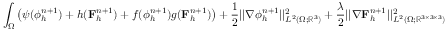
\int _ { \Omega } \left( \psi ( \phi _ { h } ^ { n + 1 } ) + h ( \mathbf { F } _ { h } ^ { n + 1 } ) + f ( \phi _ { h } ^ { n + 1 } ) g ( \mathbf { F } _ { h } ^ { n + 1 } ) \right) + \frac { 1 } { 2 } | | \nabla \phi _ { h } ^ { n + 1 } | | _ { L ^ { 2 } ( \Omega ; \mathbb { R } ^ { 3 } ) } ^ { 2 } + \frac { \lambda } { 2 } | | \nabla \mathbf { F } _ { h } ^ { n + 1 } | | _ { L ^ { 2 } ( \Omega ; \mathbb { R } ^ { 3 \times 3 \times 3 } ) } ^ { 2 }